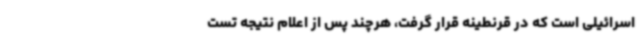
اسرائیلی است که در قرنطینه قرار گرفت، هرچند پس از اعلام نتیجه تست